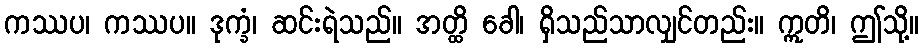
ကဿပ၊ ကဿပ။ ဒုက္ခံ၊ ဆင်းရဲသည်။ အတ္ထိ ခေါ၊ ရှိသည်သာလျှင်တည်း။ ဣတိ၊ ဤသို့။